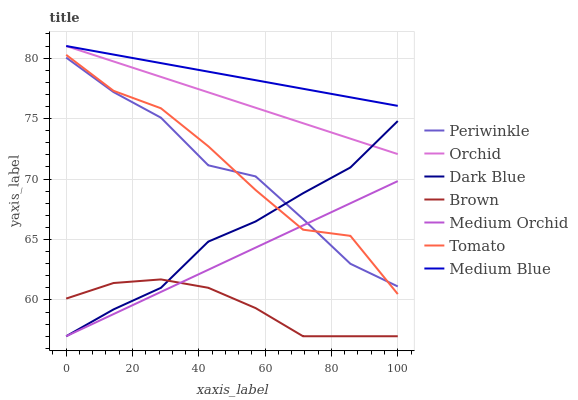
| xaxis_label | Periwinkle | Orchid | Dark Blue | Brown | Medium Orchid | Tomato | Medium Blue |
 | --- | --- | --- | --- | --- | --- | --- | --- |
 | 0 | 80 | 81 | 57 | 60.1 | 57 | 80.3 | 81 |
 | 14.3 | 77.2 | 79.7 | 59.2 | 61.4 | 58.8 | 77.3 | 80.3 |
 | 28.6 | 75.1 | 78.4 | 61 | 61.7 | 60.7 | 75.9 | 79.6 |
 | 42.9 | 71.1 | 77.2 | 64.8 | 61 | 62.5 | 72.7 | 78.9 |
 | 57.1 | 70.2 | 75.9 | 66.5 | 59.3 | 64.3 | 69.1 | 78.2 |
 | 71.4 | 66.7 | 74.6 | 68.8 | 57 | 66.2 | 65.8 | 77.5 |
 | 85.7 | 63 | 73.3 | 71 | 57 | 68 | 65.3 | 76.8 |
 | 100 | 61.1 | 72.1 | 74.8 | 57 | 69.8 | 60.5 | 76.1 |